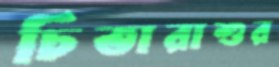
চিতারাশুর